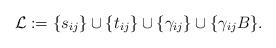
LaTeX: \begin{align*}\mathcal{L}:=\{s_{ij}\}\cup\{t_{ij}\}\cup \{\gamma_{ij}\} \cup \{\gamma_{ij}B\}.\end{align*}